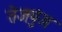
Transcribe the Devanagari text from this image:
तेजपुंज